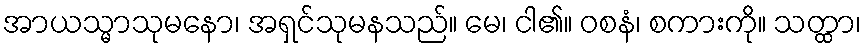
အာယသ္မာသုမနော၊ အရှင်သုမနသည်။ မေ၊ ငါ၏။ ဝစနံ၊ စကားကို။ သတ္ထာ၊